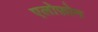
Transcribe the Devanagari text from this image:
एलोफ़ोन